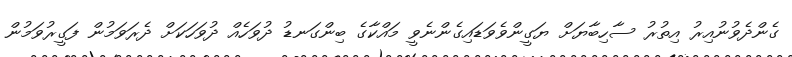
ގެންދެވުނުއިރު އިތުރު ސާހިބާޔަށް ޔަގީންވެވަޑައިގެންނެވީ މައްކާގެ ބިންގަނޑު ދުވަހެއް ދުވަހަކަށް ދެރަވަމުން ފަގީރުވަމުން